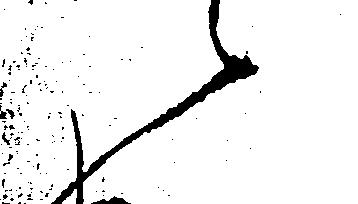
候